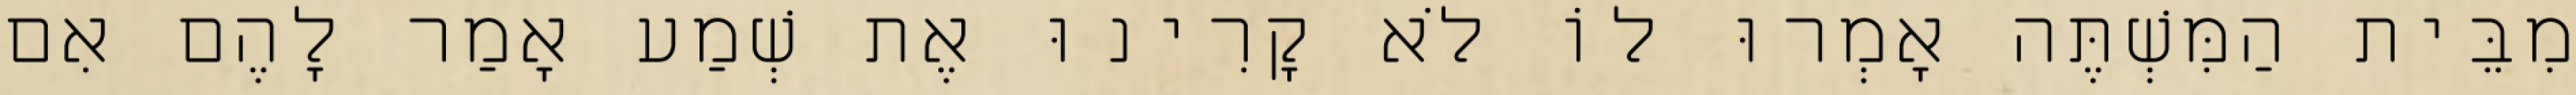
מִבֵּית הַמִּשְׁתֶּה אָמְרוּ לוֹ לֹא קָרִינוּ אֶת שְׁמַע אָמַר לָהֶם אִם